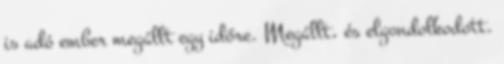
is adó ember megállt egy időre. Megállt, és elgondolkodott.